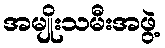
အမျိုးသမီးအဖွဲ့